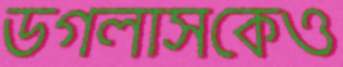
ডগলাসকেও